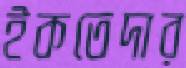
ইকতেদার